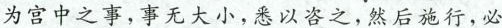
为宫中之事，事无大小，悉以咨之，然后施行，必